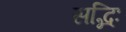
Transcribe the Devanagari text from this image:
सद्भिः